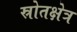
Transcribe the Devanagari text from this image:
स्रोतक्षेत्र